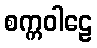
စက္ကဝါဠေ